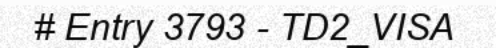
# Entry 3793 - TD2_VISA